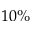
1 0 \%